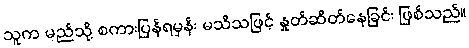
သူက မည်သို့ စကားပြန်ရမှန်း မသိသဖြင့် နှုတ်ဆိတ်နေခြင်း ဖြစ်သည်။